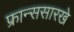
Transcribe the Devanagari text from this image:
फ्रान्ससारखे